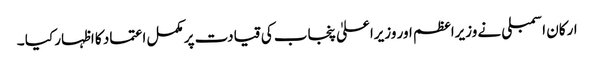
ارکان اسمبلی نے وزیراعظم اور وزیراعلیٰ پنجاب کی قیادت پر مکمل اعتماد کا اظہار کیا ۔